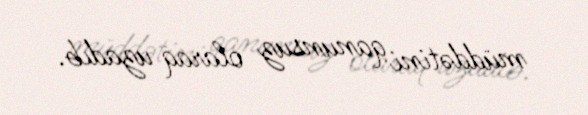
müddətini qanunsuz olaraq uzadıb.